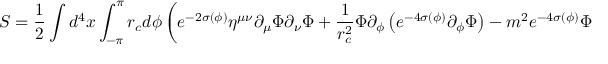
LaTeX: S = { \frac { 1 } { 2 } } \int d ^ { 4 } x \int _ { - \pi } ^ { \pi } r _ { c } d \phi \left( e ^ { - 2 \sigma ( \phi ) } \eta ^ { \mu \nu } \partial _ { \mu } \Phi \partial _ { \nu } \Phi + { \frac { 1 } { r _ { c } ^ { 2 } } } \Phi \partial _ { \phi } \left( e ^ { - 4 \sigma ( \phi ) } \partial _ { \phi } \Phi \right) - m ^ { 2 } e ^ { - 4 \sigma ( \phi ) } \Phi ^ { 2 } \right) ,